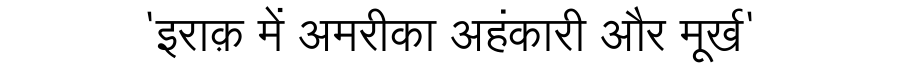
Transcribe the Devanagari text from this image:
'इराक़ में अमरीका अहंकारी और मूर्ख'